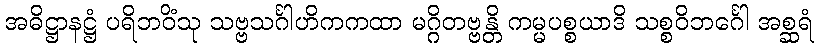
အဓိဋ္ဌာနဋ္ဌံ ပရိဘဝိံသု သဗ္ဗသင်္ဂါဟိကကထာ မဂ္ဂိတဗ္ဗန္တိ ကမ္မပစ္စယာဒိ သစ္စဝိဘင်္ဂေါ အစ္ဆရံ